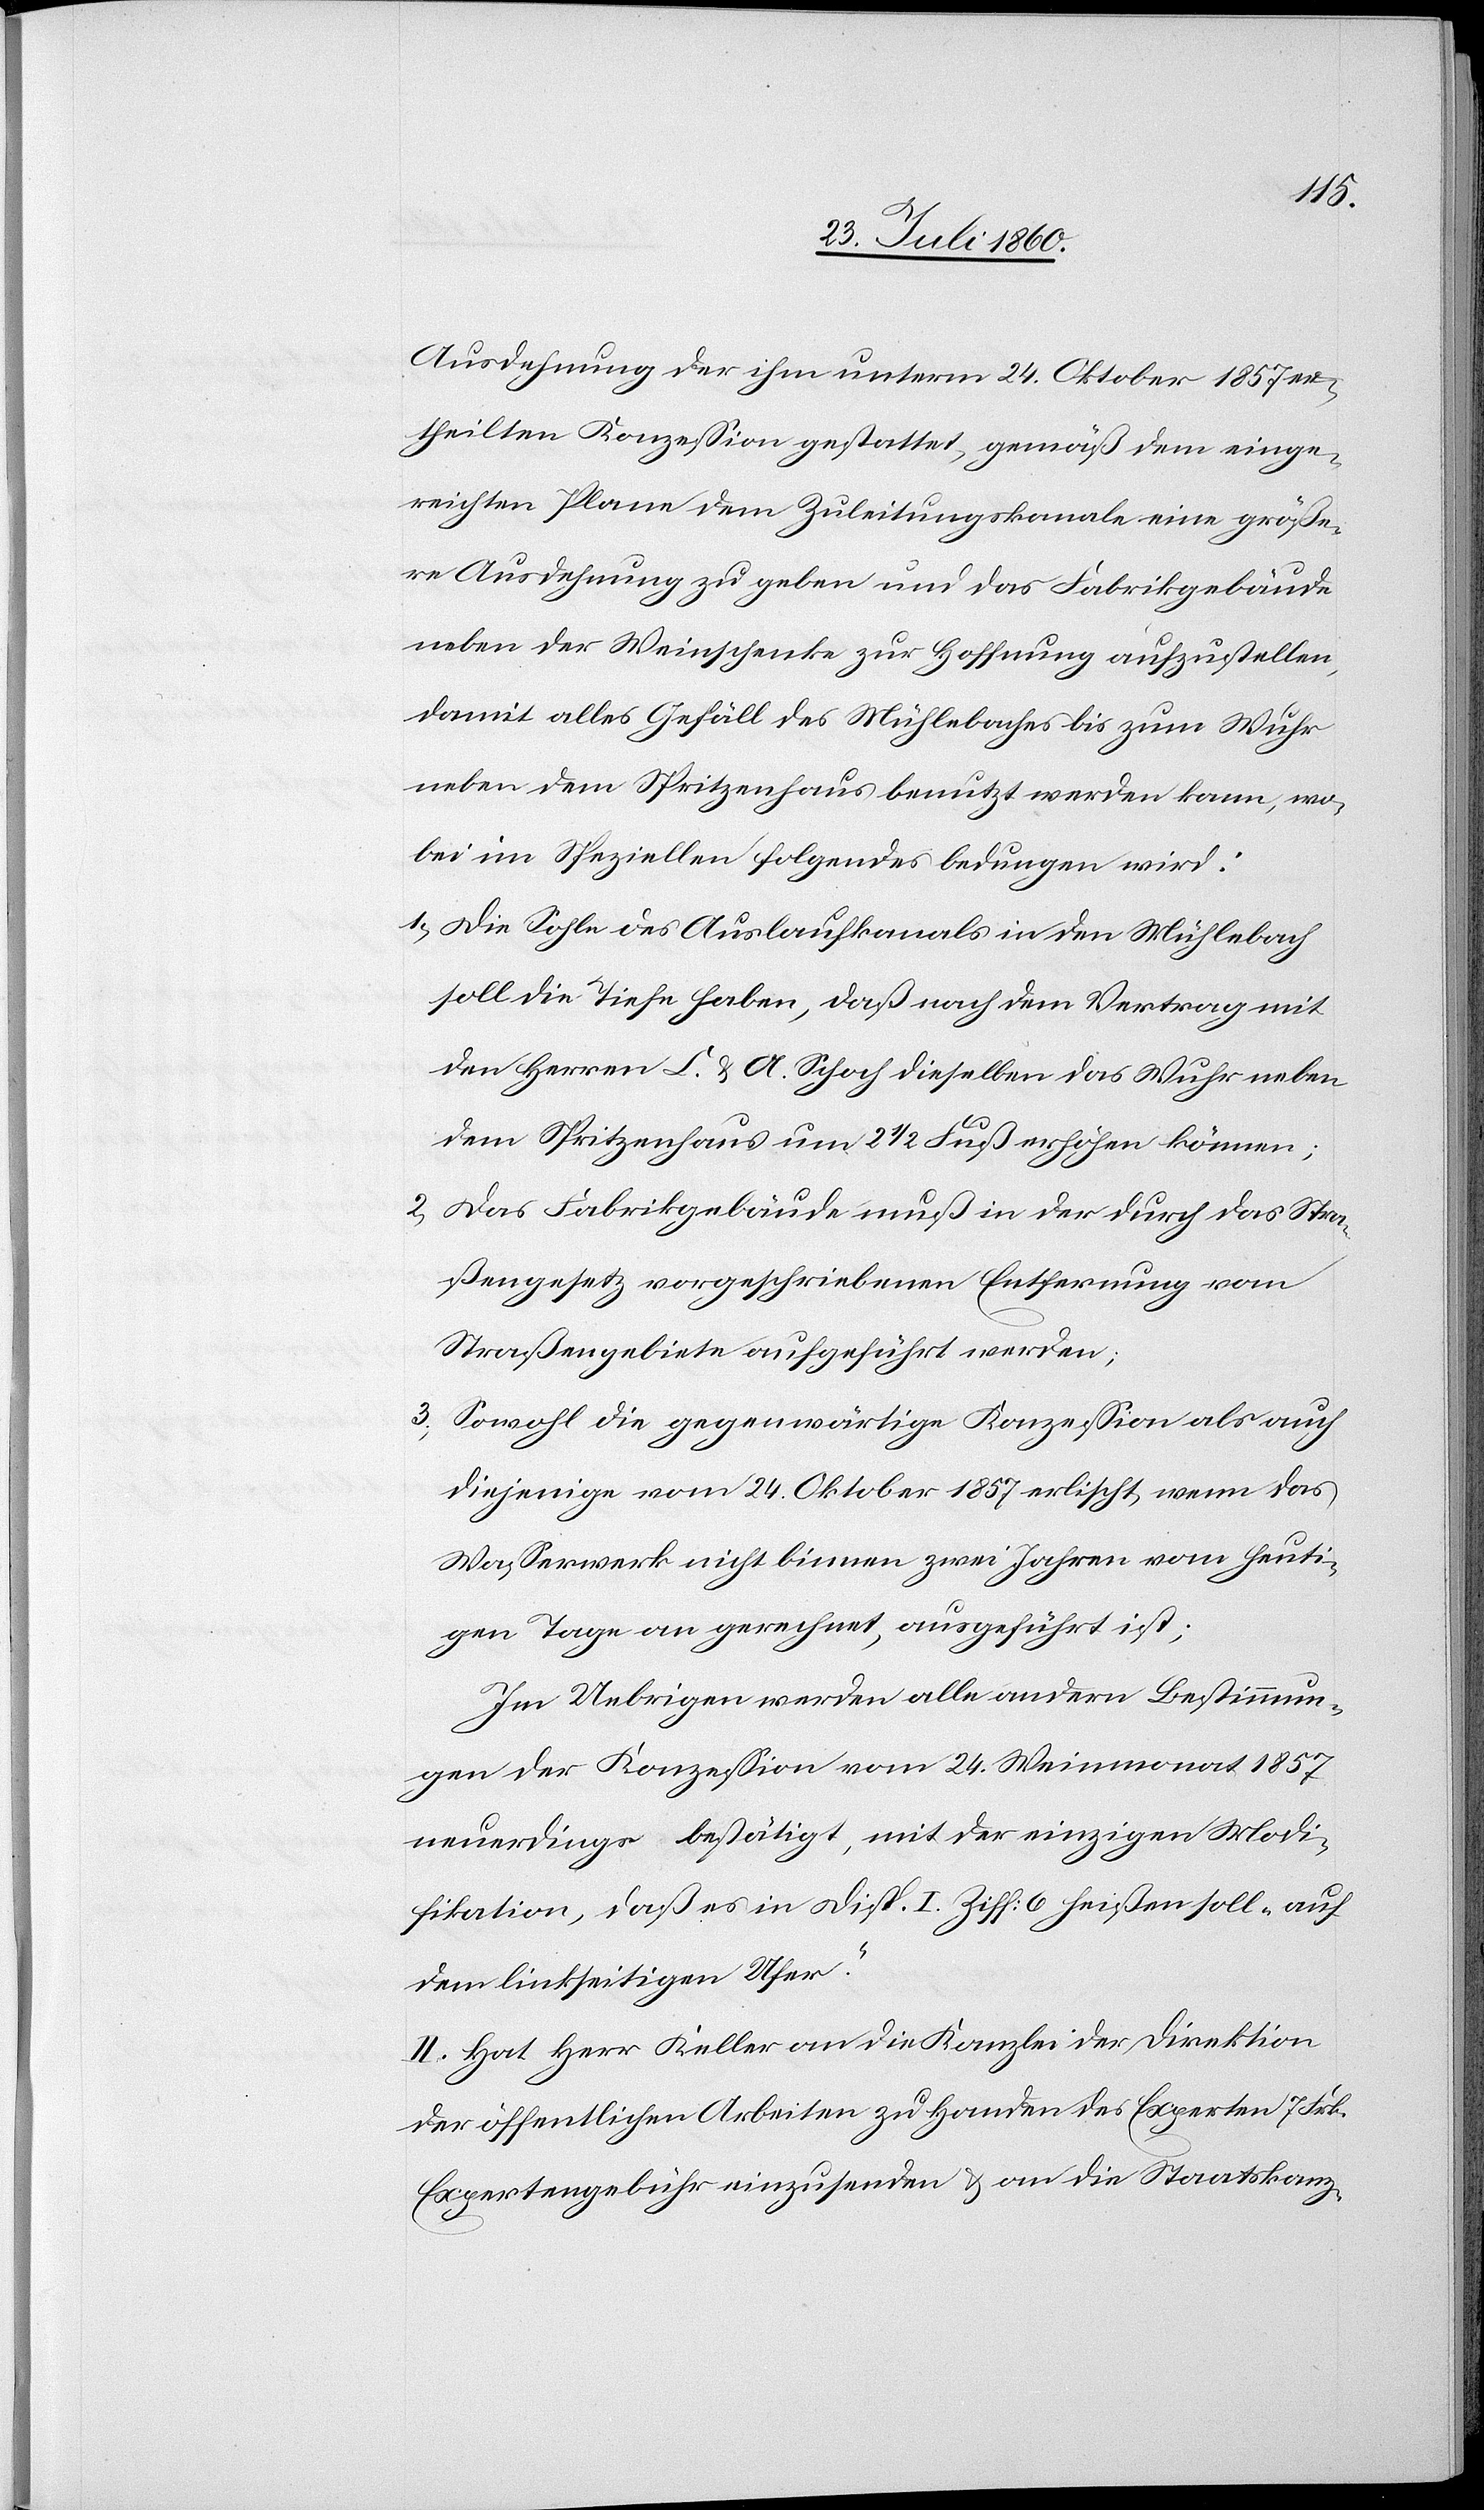
Ausdehnung der ihm unterm 24. Weinmonat 1857 er¬
theilten Konzession gestattet, gemäss dem einge¬
reichten Plane dem Zuleitungskanale eine größe¬
re Ausdehnung zu geben und das Fabrikgebäude
neben der Weinschenke zur Hoffnung aufzustellen,
damit alles Gefäll des Mühlebaches bis zum Wuhr,
neben dem Spritzenhaus benutzt werden kann, wo¬
bei im Speziellen folgendes bedungen wird:
1) Die Sohle des Auflaufkanals in den Mühlebach
soll die Tiefe haben, dass nach dem Vertrag mit
den Herren C. u. A. Schoch dieselben das Wuhr neben
dem Spritzenhaus um 2 1/2 Fuss erhöhen können.
2. Das Fabrikgebäude muss in der durch das Stras¬
sengesetz vorgeschriebenen Entfernung vom
Strassengebiete aufgeführt werden.
3. Sowohl die gegenwärtige Konzession als auch
diejenige vom 24. Weinmonat 1857 erlischt, wenn das
Wasserwerk nicht binnen zwei Jahren, vom heuti¬
gen Tage an gerechnet ausgeführt ist.
Im Uebrigen werden alle andern Bestimmun¬
gen der Konzession vom 24. Weinmonat 1857
neuerdings bestätigt, mit der einzigen Modi¬
fikation, dass es in Disp. I. Ziff. 6 heißen soll „auf
dem linkseitigen Ufer.“
II. Hat Hr. Keller an die Kanzlei der Direktion
der öffentlichen Arbeiten zu Handen des Experten 7 fcs.
Expertengebühr einzusenden und an die Staats-